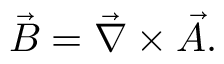
\vec { B } = \vec { \nabla } \times \vec { A } .